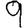
Digit: 9